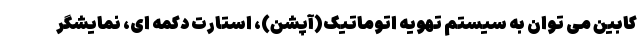
کابین می توان به سیستم تهویه اتوماتیک(آپشن)، استارت دکمه ای، نمایشگر